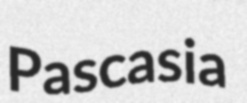
Pascasia